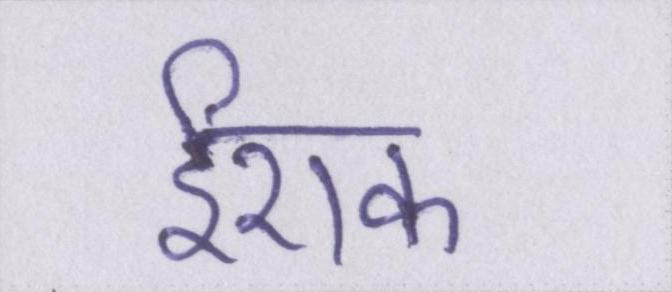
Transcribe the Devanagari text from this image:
ईराक